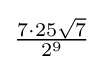
{\tfrac {7\cdot 25{\sqrt {7}}}{2^{9}}}